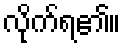
လိုက်ရ၏။